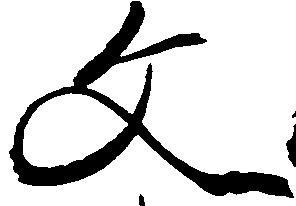
文